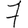
Digit: 7